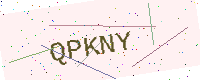
Text: QPKNY